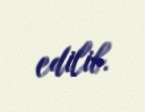
edilib.